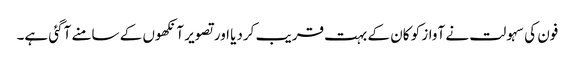
فون کی سہولت نے آواز کو کان کے بہت قریب کردیا اور تصویر آنکھوں کے سامنے آگئی ہے۔